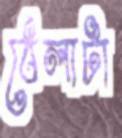
ঠেলাটা